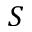
S